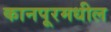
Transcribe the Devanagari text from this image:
कानपूरमधील